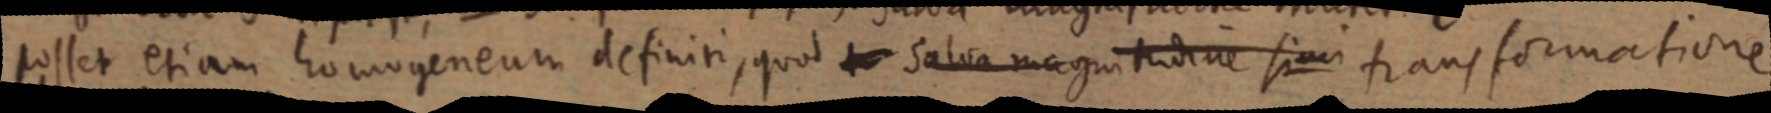
posset etiam homogeneum definiti, quod salva magnitudine simi transformatione